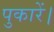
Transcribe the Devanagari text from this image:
पुकारें।